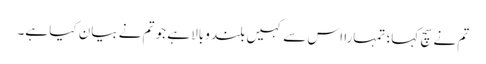
تم نے سچ کہا؛ تمہارا اس سے کہیں بلند وبالا ہے جو تم نے بیان کیا ہے۔